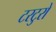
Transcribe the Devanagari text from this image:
टरटुरो